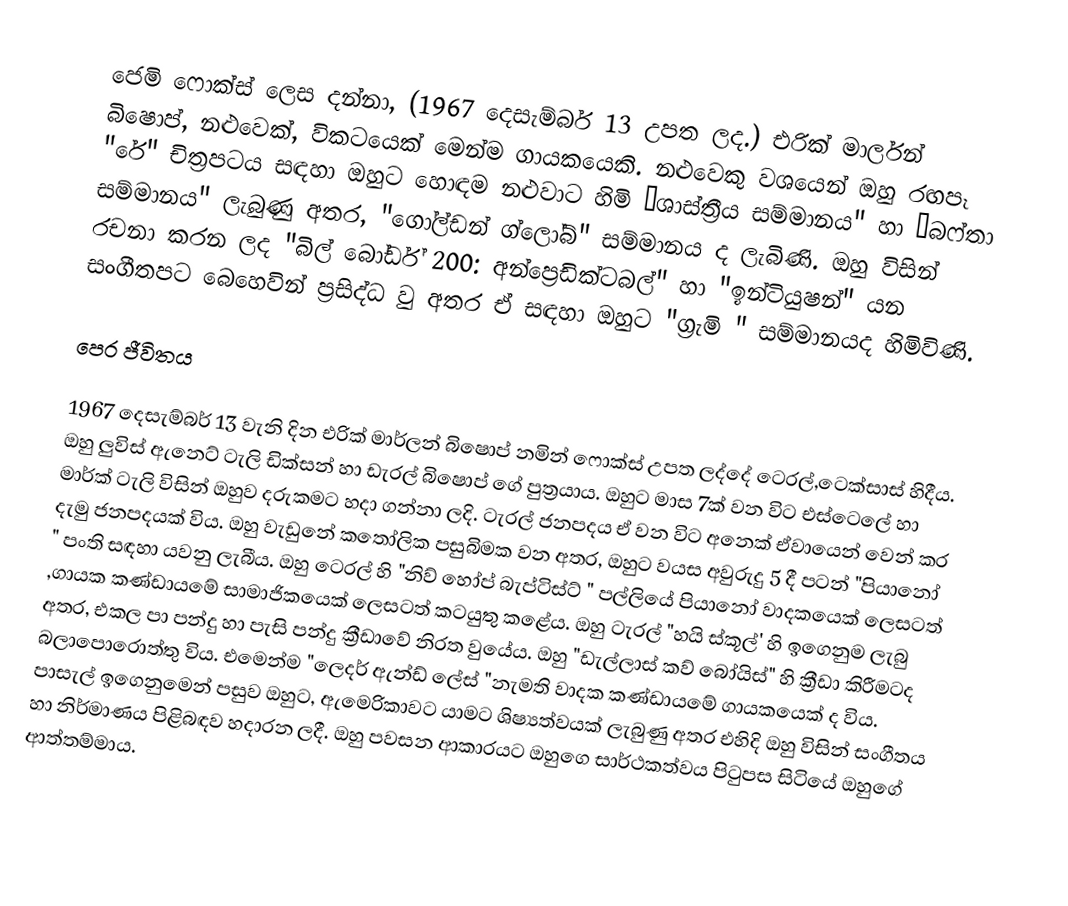
ජෙමි ෆොක්ස් ලෙස දන්නා, (1967 දෙසැම්බර් 13 උපත ලද.) එරික් මාර්ලන් බිෂොප්, නළුවෙක්, විකටයෙක් මෙන්ම ගායකයෙකි. නළුවෙකු වශයෙන් ඔහු රඟපෑ "රේ" චිත්‍රපටය සඳහා ඔහුට හොඳම නළුවාට හිමි “ශාස්ත්‍රීය සම්මානය" හා “බෆ්තා සම්මානය" ලැබුණු අතර, "ගෝල්ඩන් ග්ලෝබ්" සම්මානය ද ලැබිණි. ඔහු විසින් රචනා කරන ලද "බිල් බෝර්ඩ් 200: අන්ප්‍රෙඩික්ටබල්" හා "ඉන්ටියුෂන්" යන සංගීතපට බෙහෙවින් ප්‍රසිද්ධ වු අතර  ඒ සඳහා ඔහුට "ග්‍රැමි " සම්මානයද හිමිවිණි.

පෙර ජීවිතය

1967 දෙසැම්බර් 13 වැනි දින එරික් මාර්ලන් බිෂොප් නමින් ෆොක්ස් උපත ලද්දේ ටෙරල්,ටෙක්සාස් හිදීය. ඔහු ලුවිස් ඇනෙට්  ටැලි ඩික්සන් හා ඩැරල් බිෂොප් ගේ පුත්‍රයාය. ඔහුට මාස 7ක් වන විට එස්ටෙලේ හා මාර්ක් ටැලි විසින් ඔහුව දරුකමට හදා ගන්නා ලදි. ටැරල් ජනපදය ඒ වන විට අනෙක් ඒවායෙන් වෙන් කර දැමු ජනපදයක් විය. ඔහු වැඩුනේ කතෝලික පසුබිමක වන අතර, ඔහුට වයස අවුරුදු 5 දී පටන් "පියානෝ " පංති සඳහා යවනු ලැබීය. ඔහු ටෙරල් හි "නිව් හෝප් බැප්ටිස්ට් " පල්ලියේ පියානෝ වාදකයෙක් ලෙසටත් ,ගායක කණ්ඩායමේ සාමාජිකයෙක් ලෙසටත් කටයුතු කළේය. ඔහු ටැරල් "හයි ස්කූල්' හි ඉගෙනුම ලැබු අතර, එකල පා පන්දු හා පැසි පන්දු ක්‍රීඩාවේ නිරත වුයේය. ඔහු  "ඩැල්ලාස් කව් බෝයිස්" හි ක්‍රීඩා කිරීමටද බලාපොරොත්තු විය. එමෙන්ම "ලෙදර් ඇන්ඩ් ලේස් "නැමති වාදක කණ්ඩායමේ ගායකයෙක් ද විය. පාසැල් ඉගෙනුමෙන් පසුව ඔහුට,  ඇමෙරිකාවට යාමට ශිෂ්‍යත්වයක් ලැබුණු අතර එහිදි ඔහු විසින් සංගීතය හා නිර්මාණය පිළිබඳව හදාරන ලදී. ඔහු පවසන ආකාරයට ඔහුගෙ සාර්ථකත්වය පිටුපස සිටියේ ඔහුගේ ආත්තම්මාය.